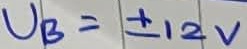
Text: UB=+12V